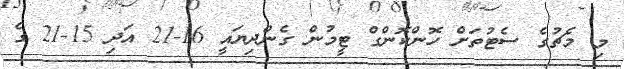
މި މެޗުގެ ސެޓުތަށް ހޮންކޮންގް ޓީމުން ގެންދިޔައީ 16-21 އަދި 15-21 ގެ